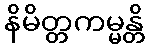
နိမိတ္တကမ္မန္တိ